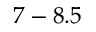
7 - 8 . 5